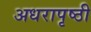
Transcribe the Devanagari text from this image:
अधरापृष्ठी